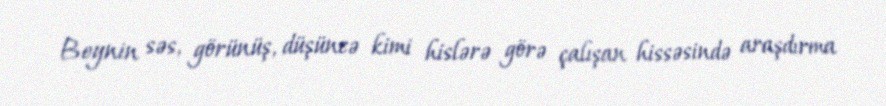
Beynin səs, görünüş, düşüncə kimi hislərə görə çalışan hissəsində araşdırma